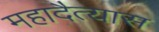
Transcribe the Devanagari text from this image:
महादैत्यास